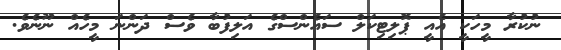
ނުކުރާ މީހަކީ އެއީ ޕޮލިޓިކަލް ސައެންސްގެ އަލިފުބާ ވެސް ދަންނަ މީހެއް ނޫނެވެ.